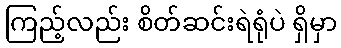
ကြည့်လည်း စိတ်ဆင်းရဲရုံပဲ ရှိမှာ